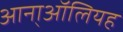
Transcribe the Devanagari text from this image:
आना्ऑलियह